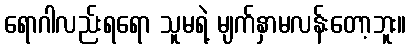
ရောဂါလည်းရရော သူမရဲ့ မျက်နှာမလန်းတော့ဘူး။